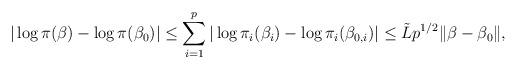
LaTeX: \begin{align*}|\log\pi(\beta)-\log\pi(\beta_{0})|\leq \sum_{i=1}^{p}|\log\pi_{i}(\beta_{i})-\log\pi_{i}(\beta_{0,i})|\leq \tilde{L}p^{1/2}\|\beta-\beta_{0}\|,\end{align*}